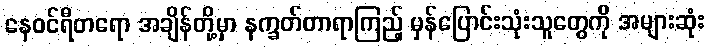
နေဝင်ရီတရော အချိန်တို့မှာ နက္ခတ်တာရာကြည့် မှန်ပြောင်းသုံးသူတွေကို အများဆုံး